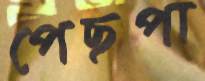
পেছপা